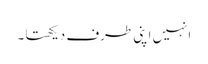
انہیں اپنی طرف دیکھتا ۔